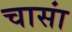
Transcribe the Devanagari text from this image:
चासां